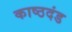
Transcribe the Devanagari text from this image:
काष्ठदंड